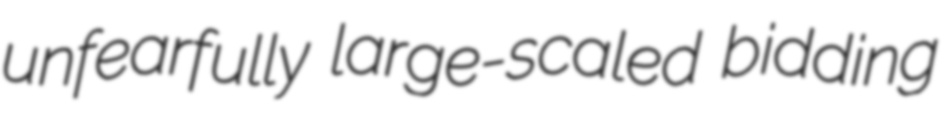
unfearfully large-scaled bidding